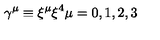
\gamma ^ { \mu } \equiv \xi ^ { \mu } \xi ^ { 4 } \mu = 0 , 1 , 2 , 3